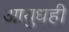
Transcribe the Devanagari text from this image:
आयुधही